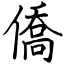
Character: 僑